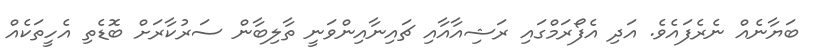
ބަޔާނެއް ނެރެފައެވެ. އަދި އެފޯރަމްގައި ރަޝިއާއާއި ޗައިނާއިންވަނީ ތާލިބާން ސަރުކާރަށް ބޮޑެތި އެހީތަކެއް